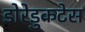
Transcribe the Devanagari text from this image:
डोरेडुकटेस